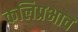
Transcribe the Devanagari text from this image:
कलिप्रभाव